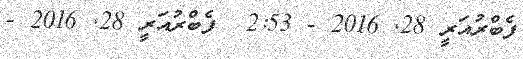
ފެބްރުއަރީ 28